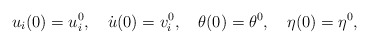
\begin{align*}u_{i}(0)=u_{i}^{0},\quad\dot{u}(0)=v_{i}^{0},\quad\theta(0)=\theta^{0},\quad\eta(0)=\eta^{0},\end{align*}